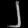
Digit: ၂